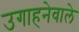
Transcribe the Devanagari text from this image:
उगाहनेवाले